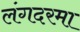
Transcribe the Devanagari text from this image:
लंगदरमा